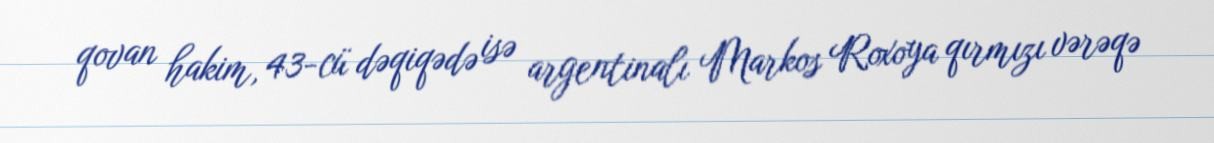
qovan hakim, 43-cü dəqiqədə isə argentinalı Markos Roxoya qırmızı vərəqə